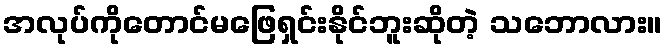
အလုပ်ကိုတောင်မဖြေရှင်းနိုင်ဘူးဆိုတဲ့ သဘောလား။